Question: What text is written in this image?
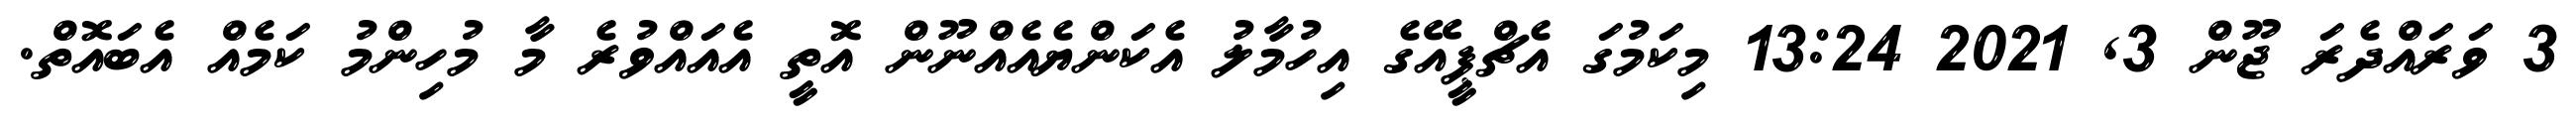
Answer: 3 ވަރައްދެރަ ޖޫން 3, 2021 13:24 މިކަމުގަ އެޗްޕީއޭގެ އިހުމާލު އެކަންޔެއެއްނޫން އޮތީ އެއައްވުރެ މާ މުހިންމު ކަމެއް އެބައޮތް.